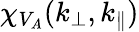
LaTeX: \chi_{V_{A}}(k_{\perp},k_{\parallel})